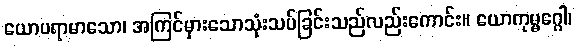
ယောပရာမာသော၊ အကြင်မှားသောသုံးသပ်ခြင်းသည်လည်းကောင်း။ ယောကုမ္မဂ္ဂေါ၊